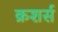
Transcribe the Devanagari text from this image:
क्रशर्स